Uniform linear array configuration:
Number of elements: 24
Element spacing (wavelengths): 1
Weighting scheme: exponential
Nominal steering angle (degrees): -45
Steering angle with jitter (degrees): -45.279
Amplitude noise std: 0.05
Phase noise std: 0.05

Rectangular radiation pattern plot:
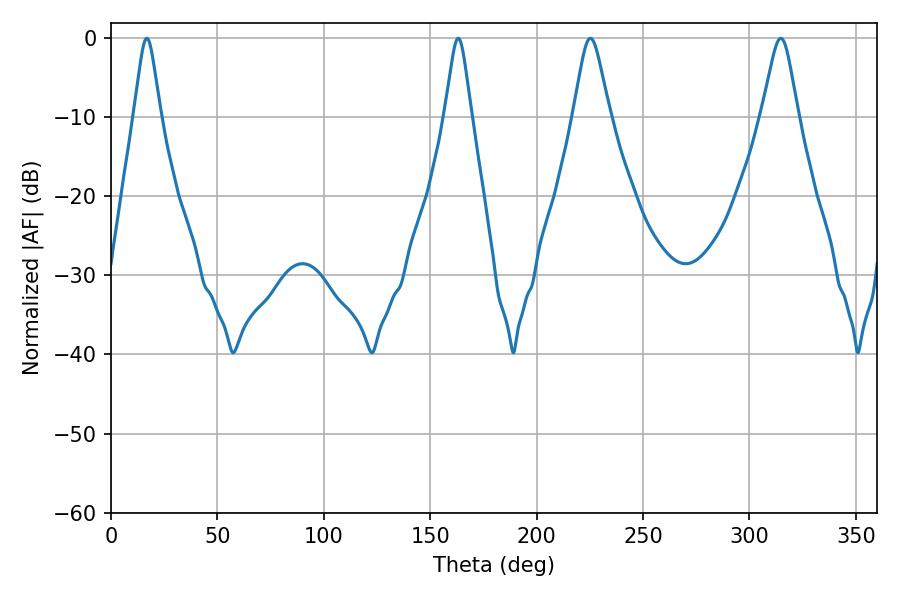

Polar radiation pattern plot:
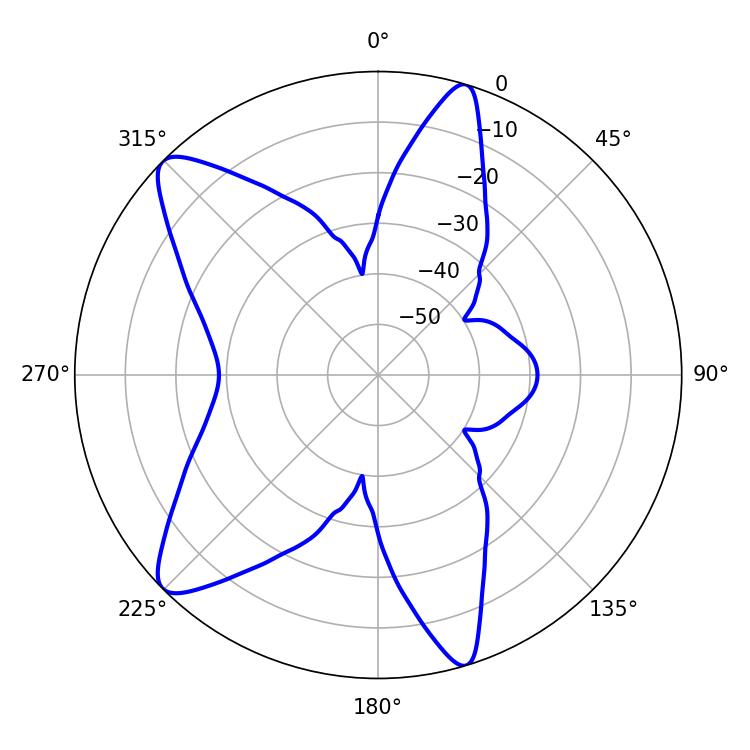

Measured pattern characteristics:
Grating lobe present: TRUE
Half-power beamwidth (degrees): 8.1
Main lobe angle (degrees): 225.18